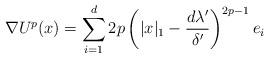
LaTeX: \begin{align*} \nabla U^p(x) = \sum_{i = 1}^d 2p\left(|x|_1 - \frac{d\lambda'}{\delta'}\right)^{2p-1}e_i \end{align*}